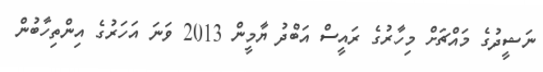
ނަޝީދުގެ މައްޗަށް މިހާރުގެ ރައީސް އަބްދު ޔާމީން 2013 ވަނަ އަހަރުގެ އިންތިހާބުން